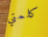
كلمتي